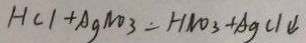
H C l + A g N O _ { 3 } = H N O _ { 3 } + A g C l \downarrow